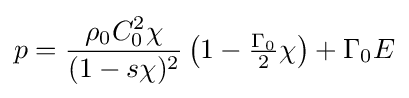
p={\frac {\rho _{0}C_{0}^{2}\chi }{(1-s\chi )^{2}}}\left(1-{\tfrac {\Gamma _{0}}{2}}\chi \right)+\Gamma _{0}E